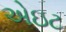
એઇટ